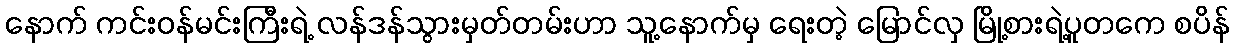
နောက် ကင်းဝန်မင်းကြီးရဲ့ လန်ဒန်သွားမှတ်တမ်းဟာ သူ့နောက်မှ ရေးတဲ့ မြောင်လှ မြို့စားရဲ့ပူတကေ စပိန်